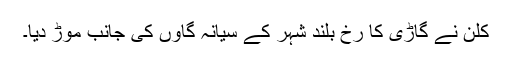
کلن نے گاڑی کا رخ بلند شہر کے سیانہ گاوں کی جانب موڑ دیا۔